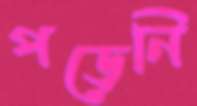
পড়েনি